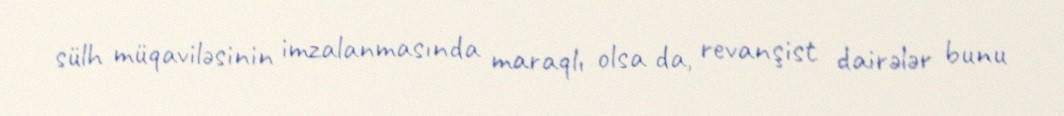
sülh müqaviləsinin imzalanmasında maraqlı olsa da, revanşist dairələr bunu